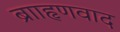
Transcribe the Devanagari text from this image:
ब्रााहृणवाद